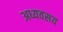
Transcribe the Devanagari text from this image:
अध्यवसय